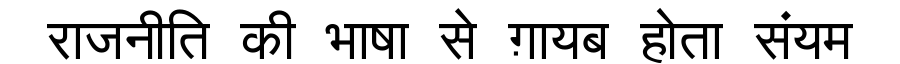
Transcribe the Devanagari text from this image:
राजनीति की भाषा से ग़ायब होता संयम